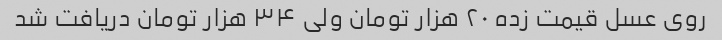
روی عسل قیمت زده ۲۰ هزار تومان ولی ۳۴ هزار تومان دریافت شد